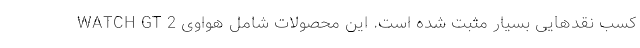
کسب نقدهایی بسیار مثبت شده است. این محصولات شامل هواوی WATCH GT 2